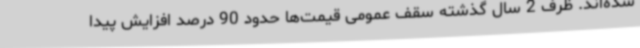
شده‌اند. ظرف 2 سال گذشته سقف عمومی قیمت‌ها حدود 90 درصد افزایش پیدا